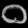
Digit: ၀